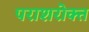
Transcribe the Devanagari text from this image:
पराशरोक्त